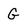
Character: G